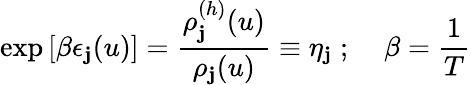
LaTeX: \exp\left[\beta\epsilon_{\mathbf{j}}(u)\right]=\frac{{\rho_{\mathbf{j}}^{(h)}(u)}}{{\rho_{\mathbf{j}}(u)}}\equiv\eta_{\mathbf{j}}\; ;\; \; \; \; \beta=\frac{{1}}{{T}}